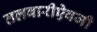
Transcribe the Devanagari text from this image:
तलवारीऐवजी